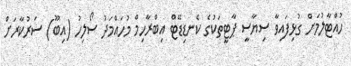
ހުއްޓާލުމަށް ގުޅިފައިވާ ސިޔާސީ ޕާޓީތަކުގެ ކެނޑިޑޭޓް އިބްރާހިމް މުހައްމަދު ސޯލިހު (އިބޫ) ސަރުކާރަށް